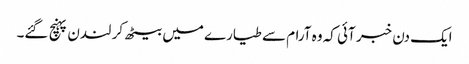
ایک دن خبر آئی کہ وہ آرام سے طیارے میں بیٹھ کر لندن پہنچ گئے۔